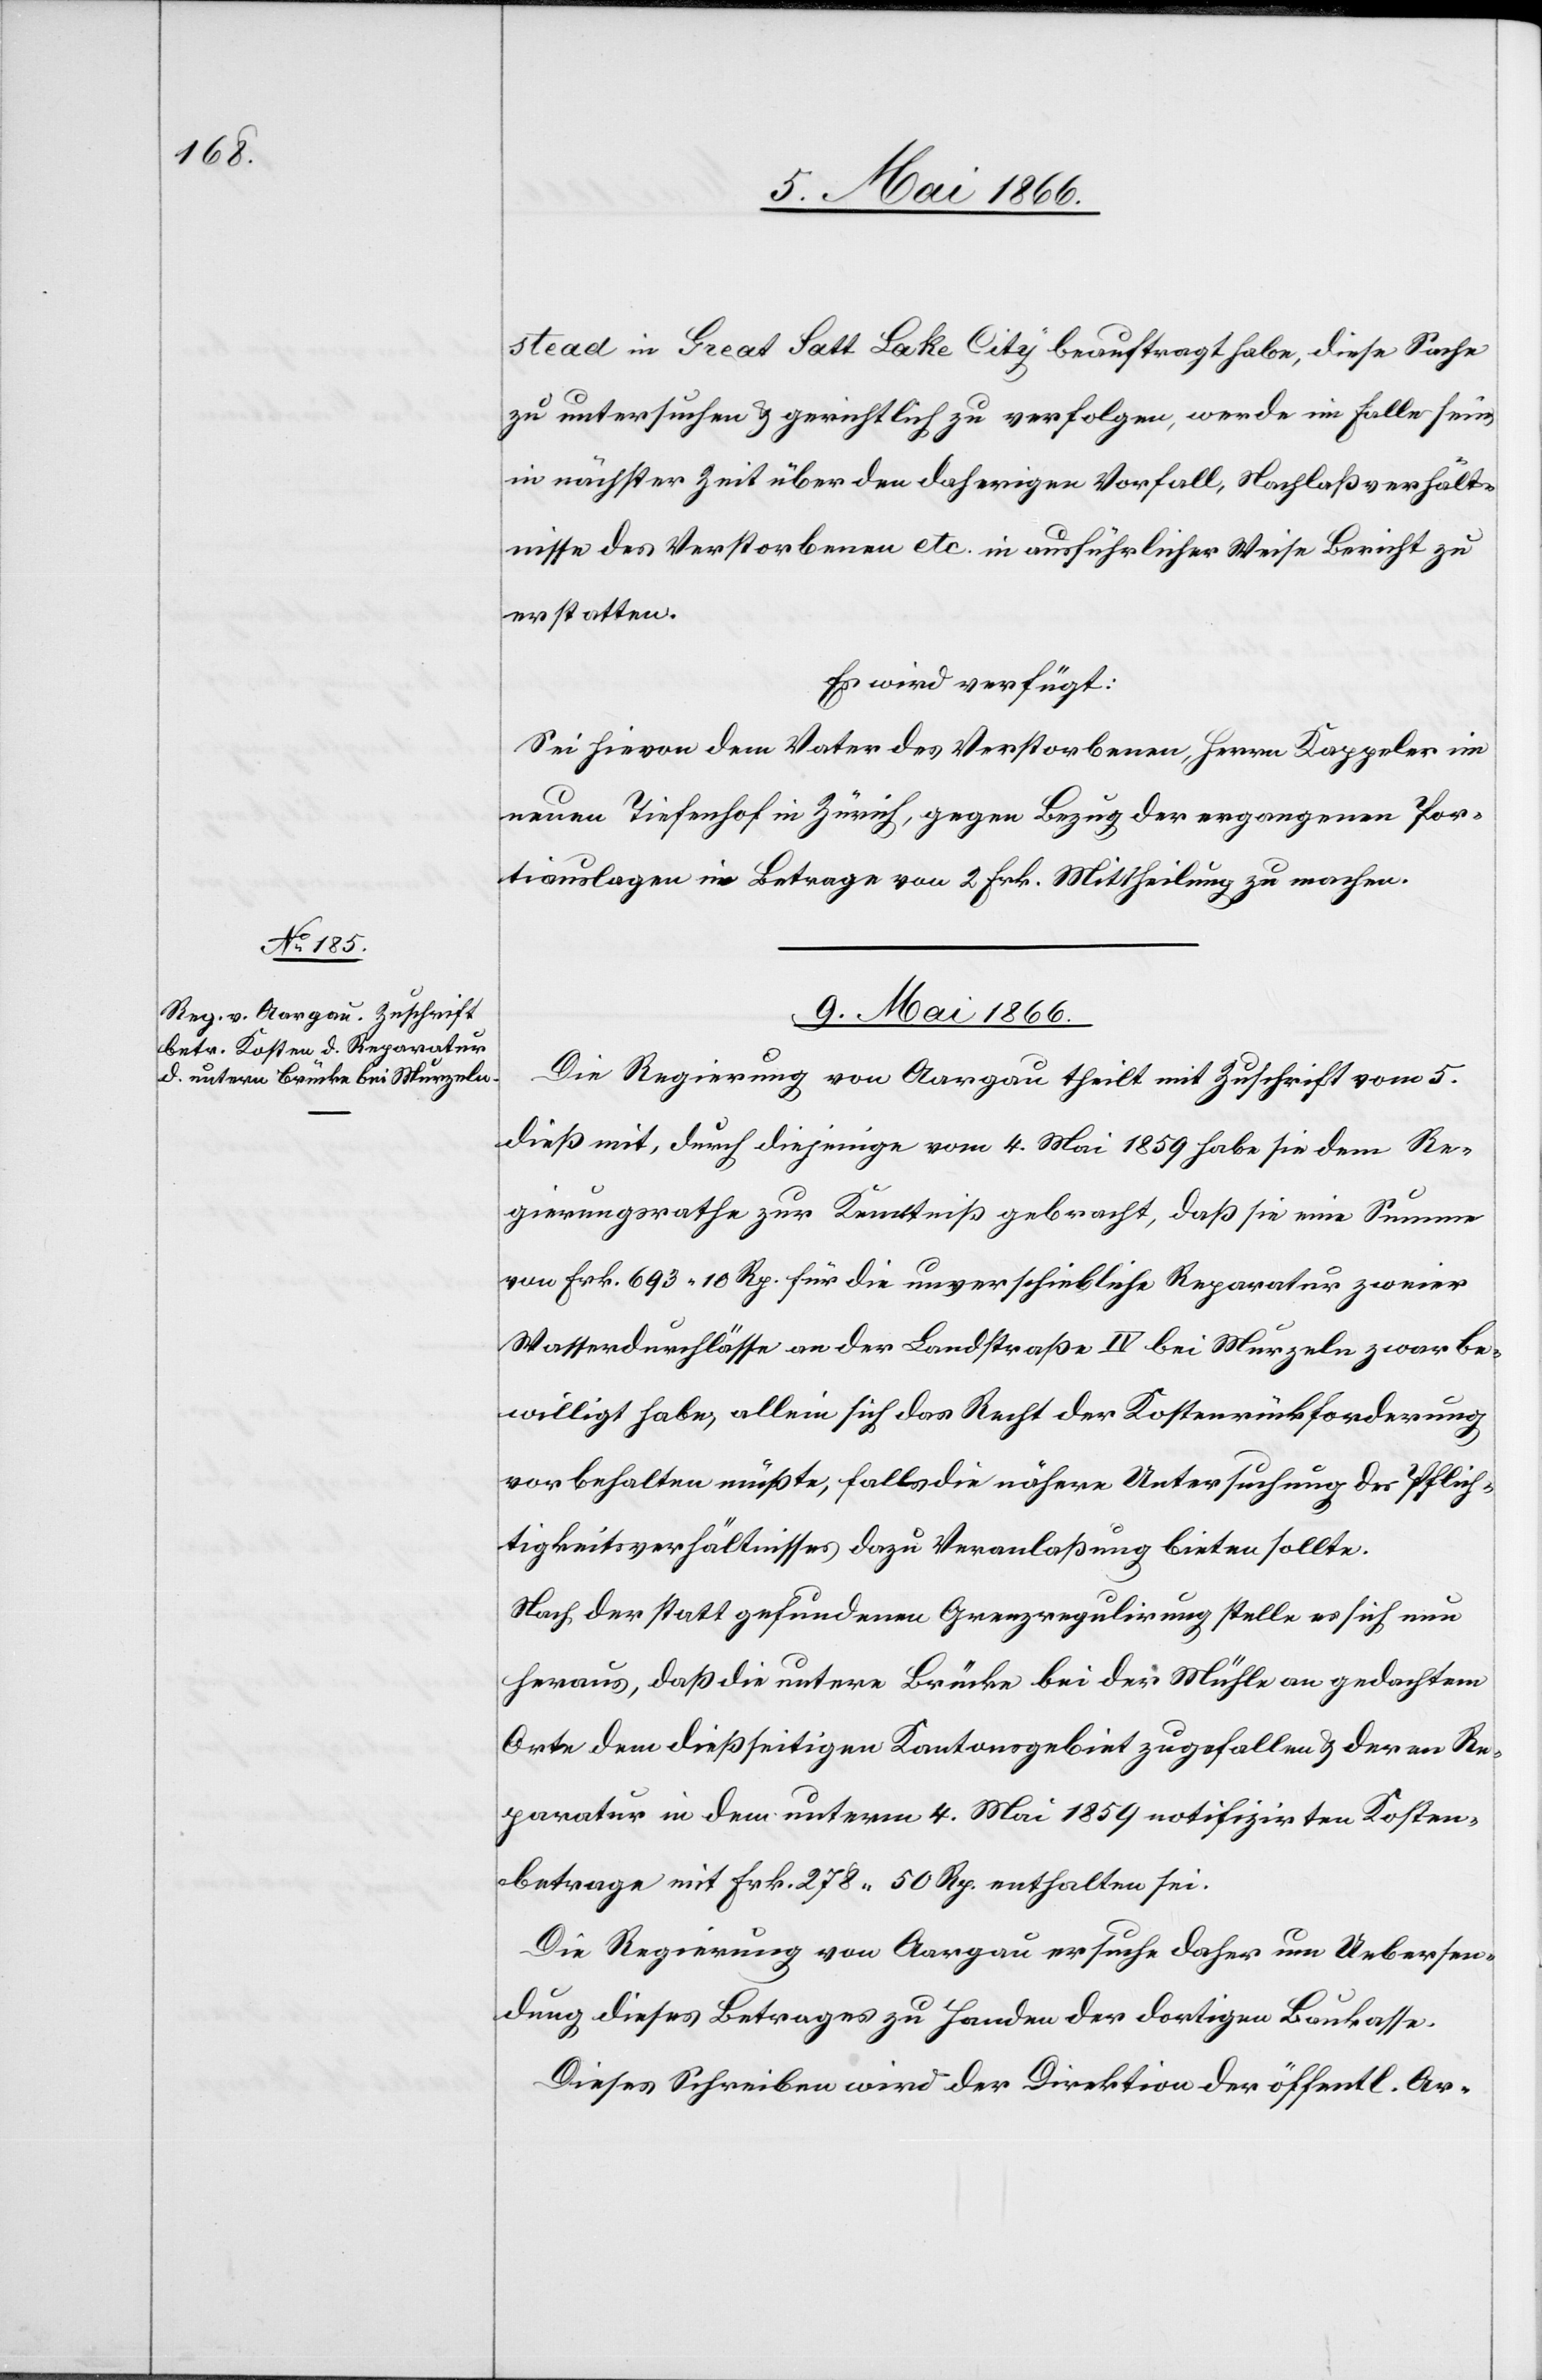
stead in Great Salt Lake City beauftragt habe, diese Sache
zu untersuchen u. gerichtlich zu verfolgen, werde im Falle sein,
in nächster Zeit über den daherigen Vorfall, Nachlaßverhält¬
nisse des Verstorbenen etc. in ausführlicher Weise Bericht zu
erstellen.
9. Mai 1866.
Die Regierung von Aargau theilt mit Zuschrift vom 5.
dieß mit, durch diejenige vom 4. Mai 1859 habe sie dem Re¬
gierungsrathe zur Kenntniß gebracht, daß sie eine Summe
von Frk. 693.10 Rp. für die unverschiebliche Reparatur zweier
Wasserdurchlässe an der Landstraße IV bei Murzeln zwar be¬
willigt habe, alleine sich das Recht der Kostenrückforderung
vorbehalten müßte, falls die nähere Untersuchung der Pflich¬
tigkeitsverhältnisse dazu Veranlaßung bieten sollte.
Nach der stattgefundenen Grenzregulirung stelle es sich nun
heraus, daß die untere Brücke bei der Mühle an gedachtem
Orte dem dießseitigen Kantonsgebiet zugefallen u. deren Re¬
paratur in dem unterm 4. Mai 1859 notifizirten Kosten¬
betrage mit Frk. 278.50 Rp. enthalten sei.
Die Regierung von Aargau ersuche daher um Uebersen¬
dung dieses Betrages zu Handen der dortigen Baukasse.
Dieses Schreiben wird der Direktion der öffentl. Ar-